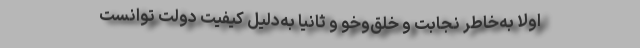
اولاً به‌خاطر نجابت و خلق‌و‌خو و ثانیاً به‌دلیل کیفیت دولت توانست